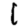
Digit: 1